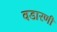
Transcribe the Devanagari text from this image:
वडारणी